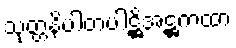
သုတ္တနိပါတပါဋ္ဌိအဋ္ဌကထာ